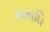
સમાઘિ